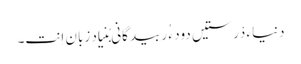
دنیاءِ دْرستیں دود ء ُ ربیدگانی بُنیاد زبان اِنت۔